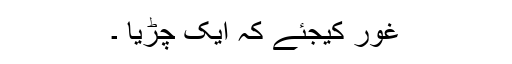
غور کیجئے کہ ایک چڑیا ۔